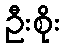
ဦးစိုး